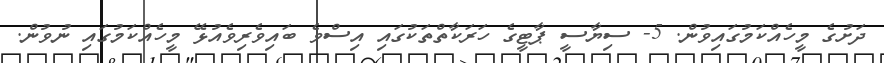
ދަށުގެ މީހެއްކަމުގައިވުން. 5- ސިޔާސީ ޕާޓީގެ ހަރަކާތްތަކުގައި އިސްވެ ބައިވެރިވެއުޅޭ މީހެއްކަމުގައި ނުވުން.